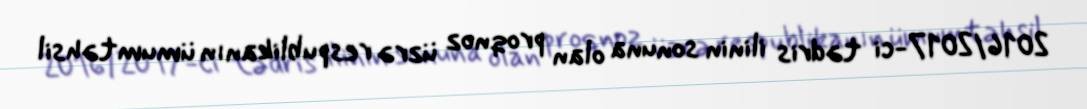
2016/2017-ci tədris ilinin sonuna olan proqnoz üzrə respublikanın ümumtəhsil